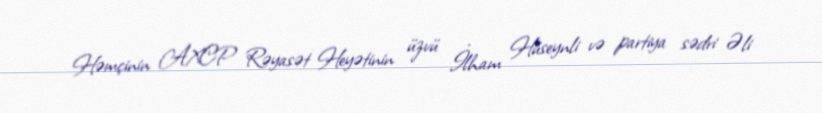
Həmçinin AXCP Rəyasət Heyətinin üzvü İlham Hüseynli və partiya sədri Əli